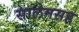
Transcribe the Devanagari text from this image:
सालेमसह